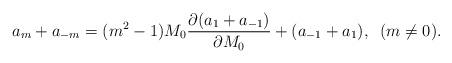
LaTeX: \begin{align*}a_m+a_{-m}=(m^2-1)M_0\frac{\partial(a_1+a_{-1})}{\partial M_0}+(a_{-1}+a_1),\;\;(m\neq0).\end{align*}